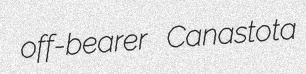
off-bearer Canastota